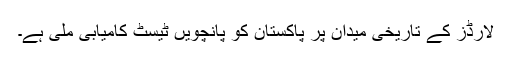
لارڈز کے تاریخی میدان پر پاکستان کو پانچویں ٹیسٹ کامیابی ملی ہے۔